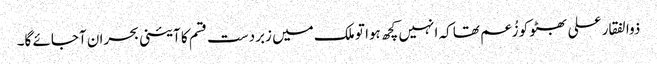
ذوالفقار علی بھٹو کو زُعم تھا کہ انہیں کچھ ہوا تو ملک میں زبردست قسم کا آئینی بحران آجائے گا۔